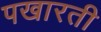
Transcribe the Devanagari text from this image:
पखारती